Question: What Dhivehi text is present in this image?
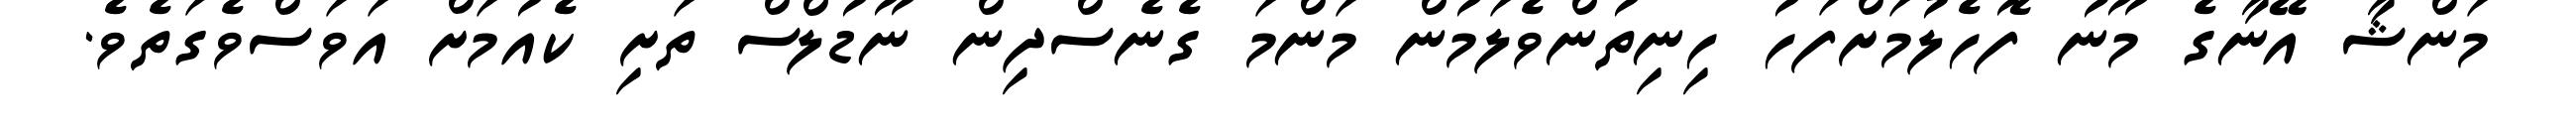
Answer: މަންޝާ އޭނާގެ މޫނު ފޮހެލުމަށްފަހު ހިނިތުންވެލަމުން މަންމަ ގެނެސްދިން ނޫޑުލްސް ތަށި ކެއުމަށް އަވަސްވެގަތެވެ.